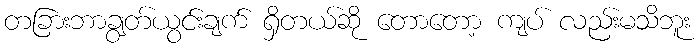
တခြားဘာချွတ်ယွင်းချက် ရှိတယ်ဆို တောတော့ ကျပ် လည်းမသိဘူး